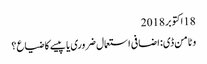
18 اکتوبر 2018
وٹامن ڈی: اضافی استعمال ضروری یا پیسے کا ضیاع؟